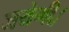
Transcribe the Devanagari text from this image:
जयेगी।